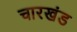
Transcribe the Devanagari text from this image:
चारखंड